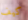
كيف